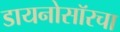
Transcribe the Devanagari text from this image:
डायनोसॉरचा